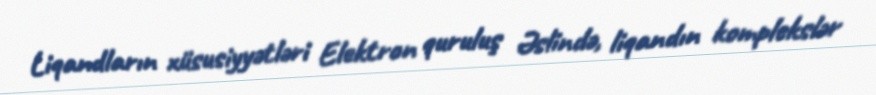
Liqandların xüsusiyyətləri Elektron quruluş Əslində, liqandın komplekslər